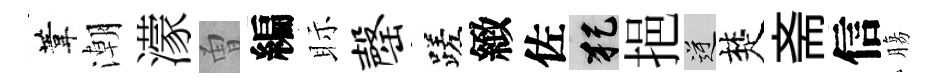
葦潮濛曽編眎罄蹉緻佐犯挹逆楚斋信膓